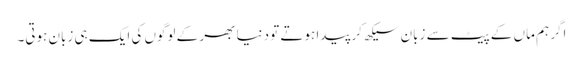
اگر ہم ماں کے پیٹ سے زبان سیکھ کر پیدا ہوتے تو دنیا بھر کے لوگوں کی ایک ہی زبان ہوتی۔